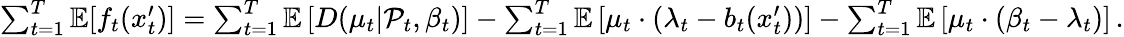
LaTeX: \begin{array}{r}{\sum_{t=1}^{T}\mathbb{E}[f_{t}(x_{t}^{\prime})]=\sum_{t=1}^{T}\mathbb{E}\left[D(\mu_{t}|\mathcal{P}_{t},\beta_{t})\right]-\sum_{t=1}^{T}\mathbb{E}\left[\mu_{t}\cdot(\lambda_{t}-b_{t}(x_{t}^{\prime}))\right]-\sum_{t=1}^{T}\mathbb{E}\left[\mu_{t}\cdot(\beta_{t}-\lambda_{t})\right]\, .}\end{array}